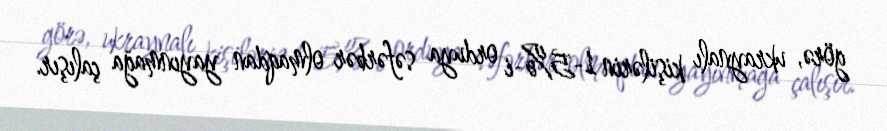
görə, ukraynalı kişilərin 1-5%-i orduya səfərbər olmaqdan yayınmağa çalışır.